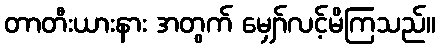
တာတီးယားနား အတွက် မျှော်လင့်မိကြသည်။